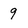
Character: 9